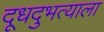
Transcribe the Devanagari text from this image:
दूधदुभत्याला